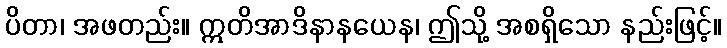
ပိတာ၊ အဖတည်း။ ဣတိအာဒိနာနယေန၊ ဤသို့ အစရှိသော နည်းဖြင့်။